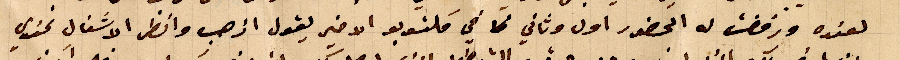
لعنده ورفضت له الحضور اول وثاني في مكتوبو الاخير يقول اذهب وانظر الاشغال عندي